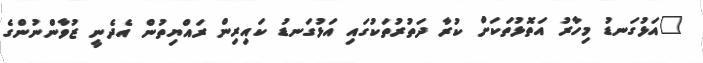
"އަޅުގަނޑު މިހާރު އަތޮޅުތަކަށް ކުރާ ދަތުރުތަކުގައި އަޅުގަނޑު ކައިރިން ރައްޔިތުން އެދެނީ ޒުވާންނުންގެ